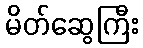
မိတ်ဆွေကြီး